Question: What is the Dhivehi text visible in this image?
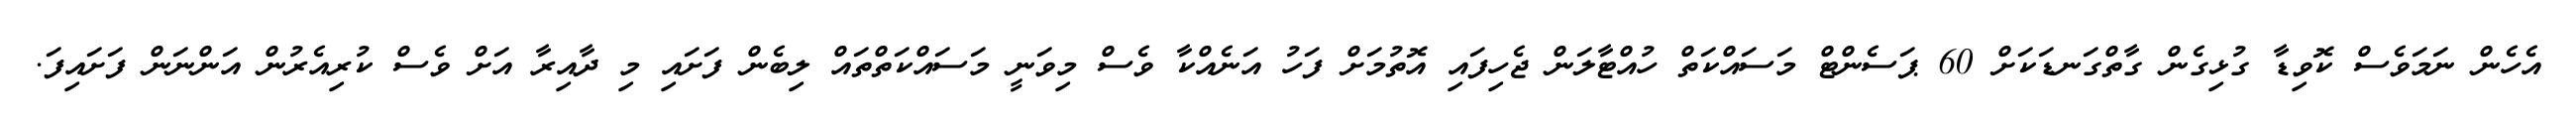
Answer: އެހެން ނަމަވެސް ކޮވިޑާ ގުޅިގެން ގާތްގަނޑަކަށް 60 ޕަސެންޓް މަސައްކަތް ހުއްޓާލަން ޖެހިފައި އޮތުމަށް ފަހު އަނެއްކާ ވެސް މިވަނީ މަސައްކަތްތައް ލިބެން ފަށައި މި ދާއިރާ އަށް ވެސް ކުރިއެރުން އަންނަން ފަށައިފަ.